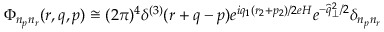
\Phi _ { n _ { p } n _ { r } } ( r , q , p ) \cong ( 2 \pi ) ^ { 4 } \delta ^ { ( 3 ) } ( r + q - p ) e ^ { i q _ { 1 } ( r _ { 2 } + p _ { 2 } ) / 2 e H } e ^ { - \widehat { q } _ { \perp } ^ { 2 } / 2 } \delta _ { n _ { p } n _ { r } }